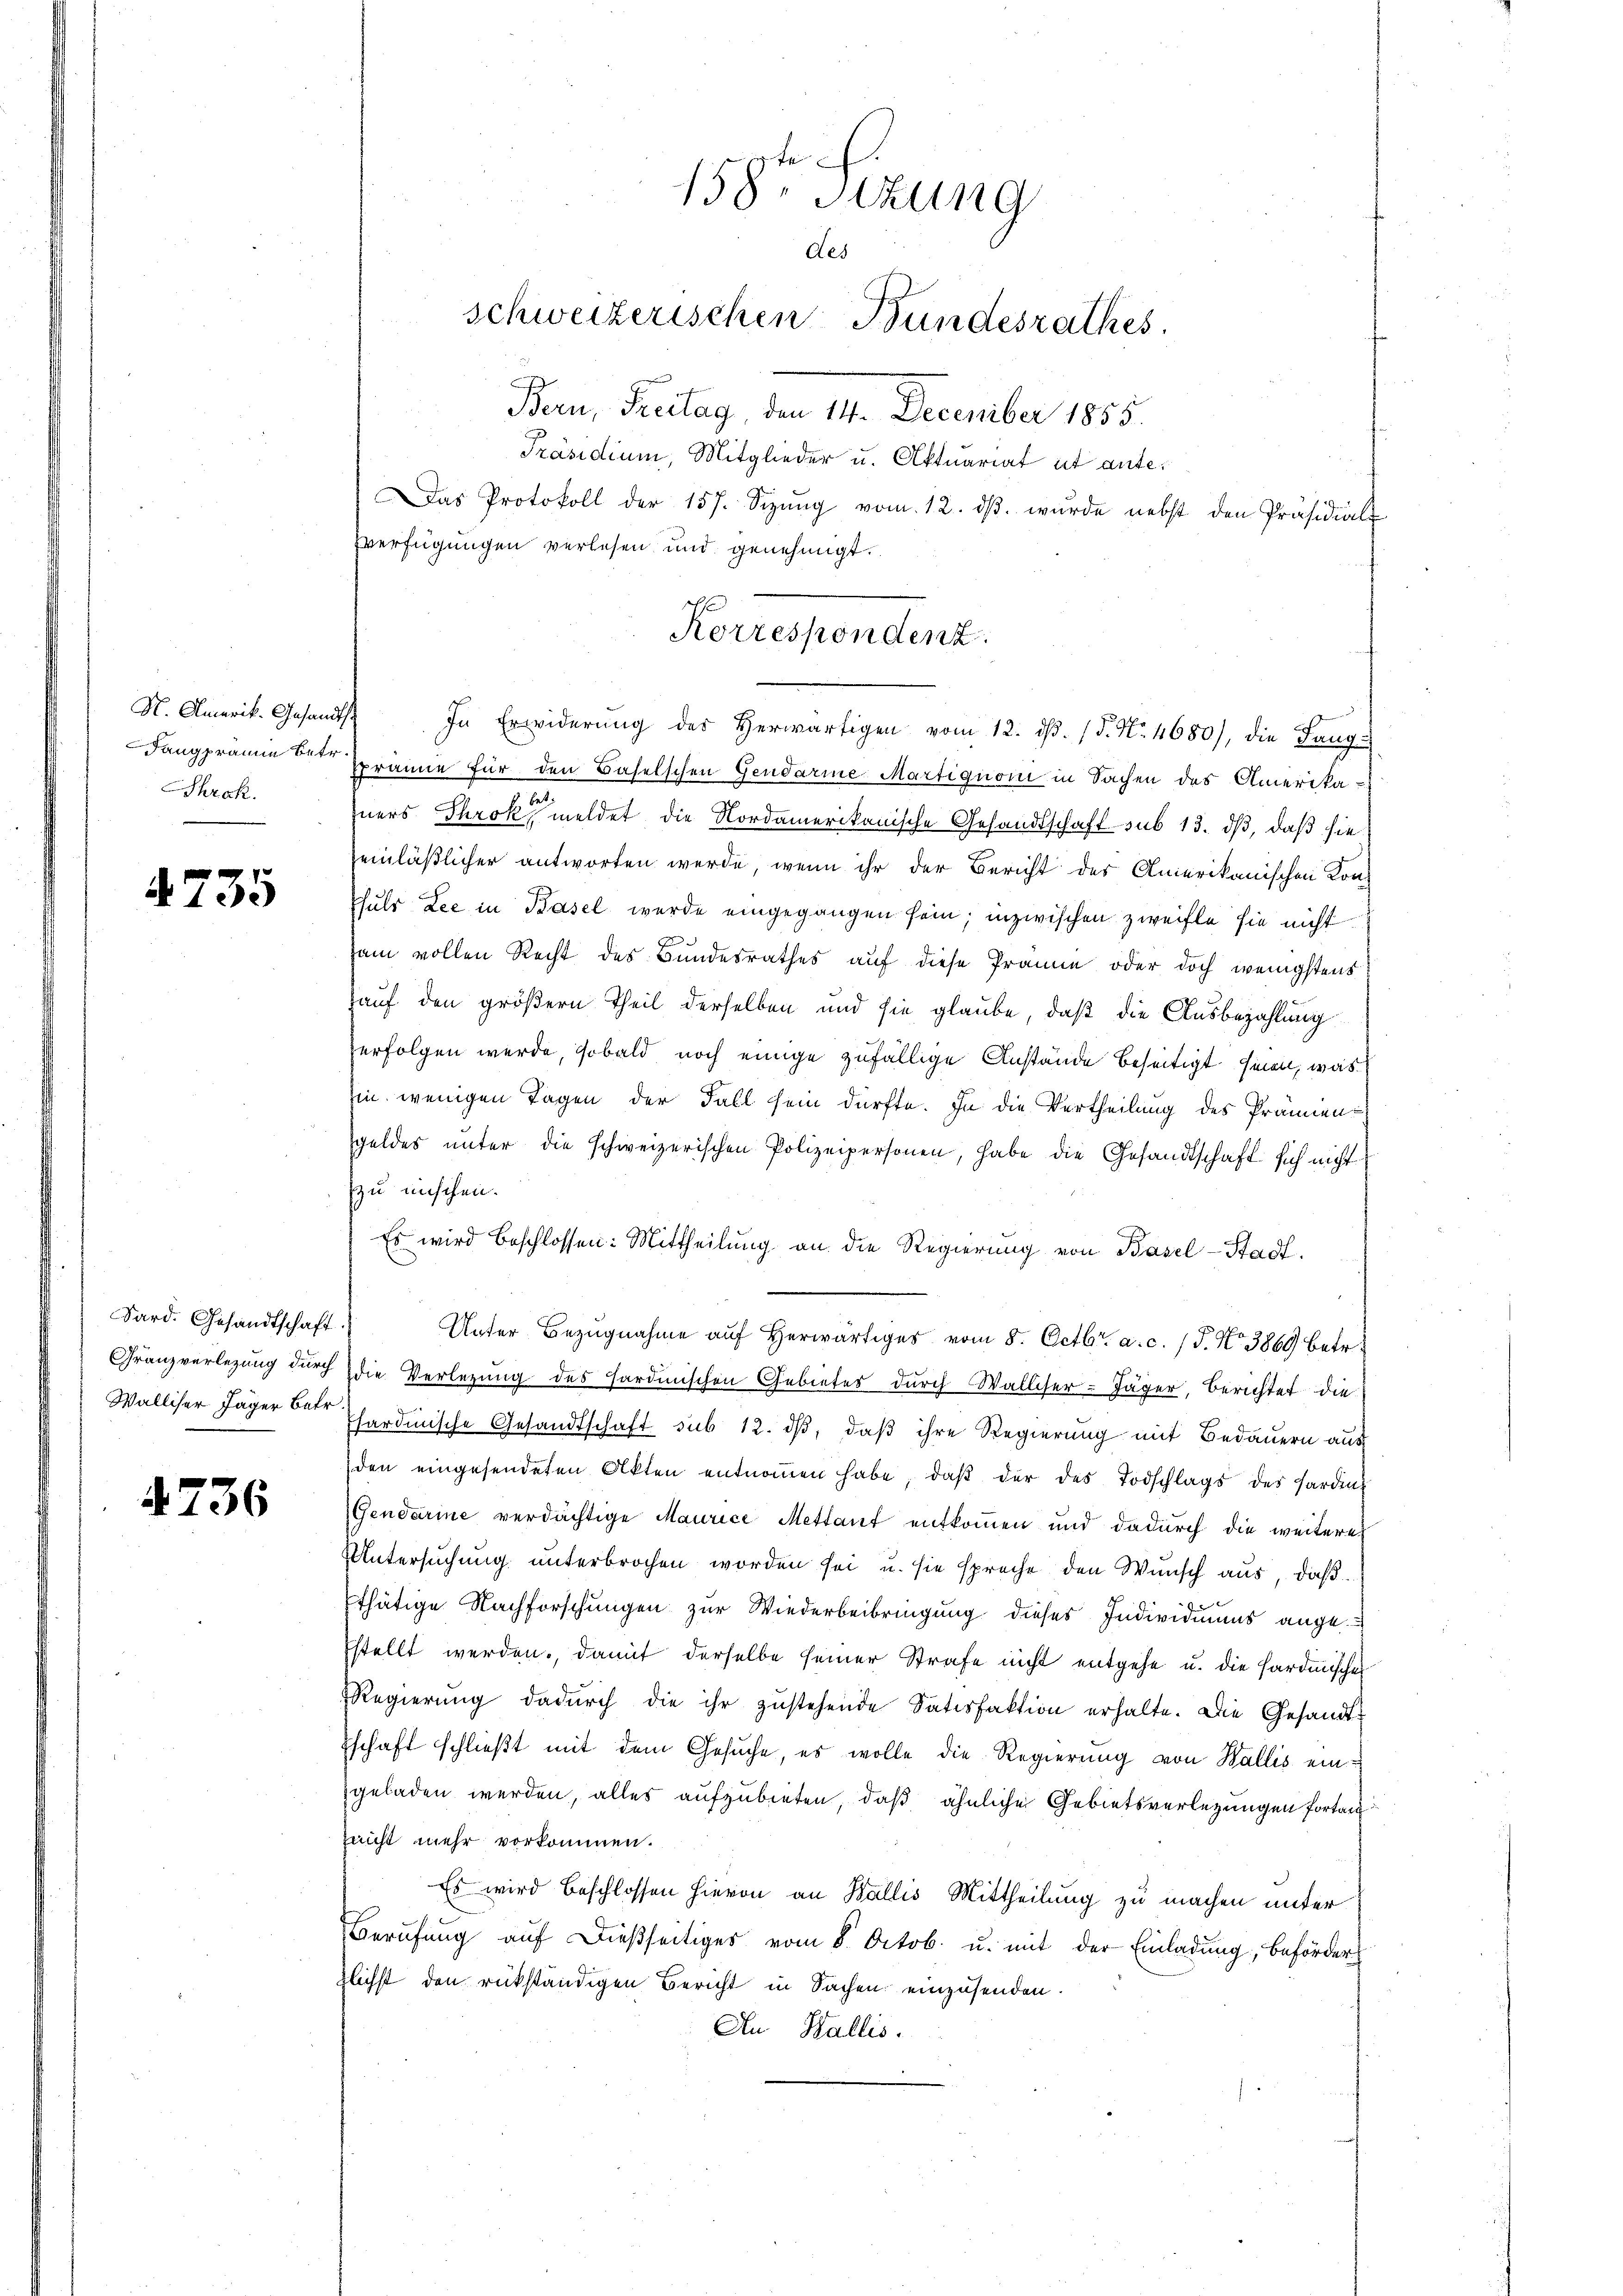
N. Amerik. Gesandts
Fangprämie betr.
Shrak.

N 135

Sard. Gesandtschaft.
Franzverlegung durch
Walliser Jäger Betr

4736

158. Sitzung
des
schweizerischen Bundesrathes
Bern, Freitag, den III. December 1855.

Präsidium, Mitglieder u. Aktuariat ut ante¬
Das Protokoll der 157. Sizŭng vom 12. dβ. wurde nebst den Präsidial-
verfügungen verlesen und genehmigt.

Korrespondenz
In Erwiderŭng des Herwärtigen vom 12. dβ. (T. No. 4680), die Lang-

Spräne für den Baselschen Gendarme Martiquoni in Sachen des Amerikazners Throk meldet die Nordamerikanische Gesandtschaft sub 15. dß, daß sie
einläßlicher antworten werde, wenn ihr der Bericht des Amerikanischen Kon-
ssuls Lee in Basel wurde eingegangen sein; inzwischen Zweifle sie nicht
sam vollen Recht des Bundesrathes auf diese Prämie oder doch wenigstens
auf den größern Theil derselben und sie glaube, daß die Ausbezahlung
verfolgen werde, sobald noch einige zufällige Anstände beseitigt seien, was
sin wenigen Tagen der Fall sein dürfte. In die Vertheilung des Prämien-
sgeldes unter die schweizerischen Polizeipersonen, habe die Gesandtschaft sich nicht
zu mischen.
Es wird beschlossen: Mittheilung an die Regierung von Basel-Stadt.
Unter Bezugnahme auf Herwärtiges vom 8. Octbr. a. c. (T. No 3869 betr.
die Verlegung des Hardinischen Gebietes durch Walliser-Jäger, Berichtet die
Phardinische Gesandtschaft sub 12. dβ, daß ihre Regierung mit Bedauern aus
den eingesendeten Akten entnoṁen habe, daβ der des Todschlags des Harden,
Gendarine verdächtige Maurice Mettant entkommen und dadurch die weitere
Untersuchung unterbrochen worden sei u. sie spreche den Wunsch aus, daß
thätige Nachforschungen zur Wiederbeibringung dieses Individiums ange¬
Estellt werden, damit derselbe seiner Strafe nicht entgehe u. die Hardinischen
Regierung dadŭrch die ihr zustehende Satisfaktion erhalte. Die Gesandtschaft schließt mit dem Gesuche, es wolle die Regierung von Wallis eingeladen werden, alles aufzubieten, daß ähnliche Gebietsverlegungen fortan
nicht mehr vorkommen.
Es wird beschlossen hievon an Wallis Mittheilung zu machen unter
Berŭfŭng aŭf dießseitiges vom 8. Octob. u. mit der Einladung, Behörder
zlichst den rükständigen Bericht in Sachen einzusenden.
An Wallis.